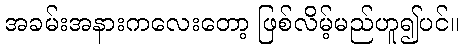
အခမ်းအနားကလေးတော့ ဖြစ်လိမ့်မည်ဟူ၍ပင်။